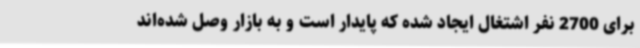
برای 2700 نفر اشتغال ایجاد شده که پایدار است و به بازار وصل شده‌اند